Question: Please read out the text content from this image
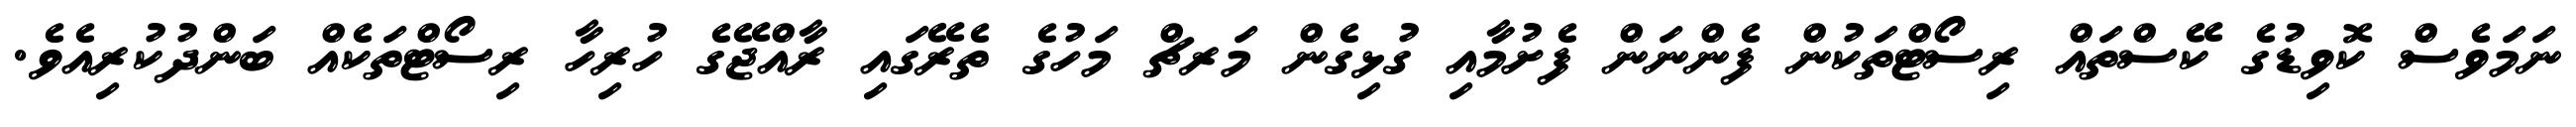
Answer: ނަމަވެސް ކޮވިޑުގެ ކޭސްތައް ރިސޯޓްތަކުން ފެންނަން ފެށުމާއި ގުޅިގެން މަރޗް މަހުގެ ތެރޭގައި ރާއްޖޭގެ ހުރިހާ ރިސޯޓްތަކެއް ބަންދުކުރިއެވެ.